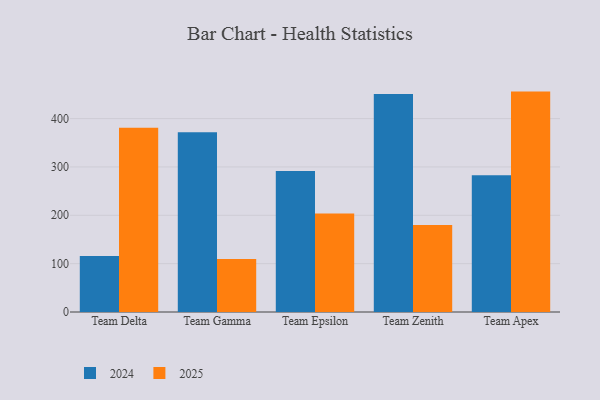
{"axis": {"x": "Team", "y": "Net Income (USD K)"}, "legend": ["2024", "2025"], "data": [{"x": "Team Delta", "y": 115.8, "type": "2024"}, {"x": "Team Delta", "y": 381.2, "type": "2025"}, {"x": "Team Gamma", "y": 371.8, "type": "2024"}, {"x": "Team Gamma", "y": 109.4, "type": "2025"}, {"x": "Team Epsilon", "y": 291.8, "type": "2024"}, {"x": "Team Epsilon", "y": 203.8, "type": "2025"}, {"x": "Team Zenith", "y": 451.0, "type": "2024"}, {"x": "Team Zenith", "y": 179.8, "type": "2025"}, {"x": "Team Apex", "y": 282.7, "type": "2024"}, {"x": "Team Apex", "y": 455.8, "type": "2025"}]}